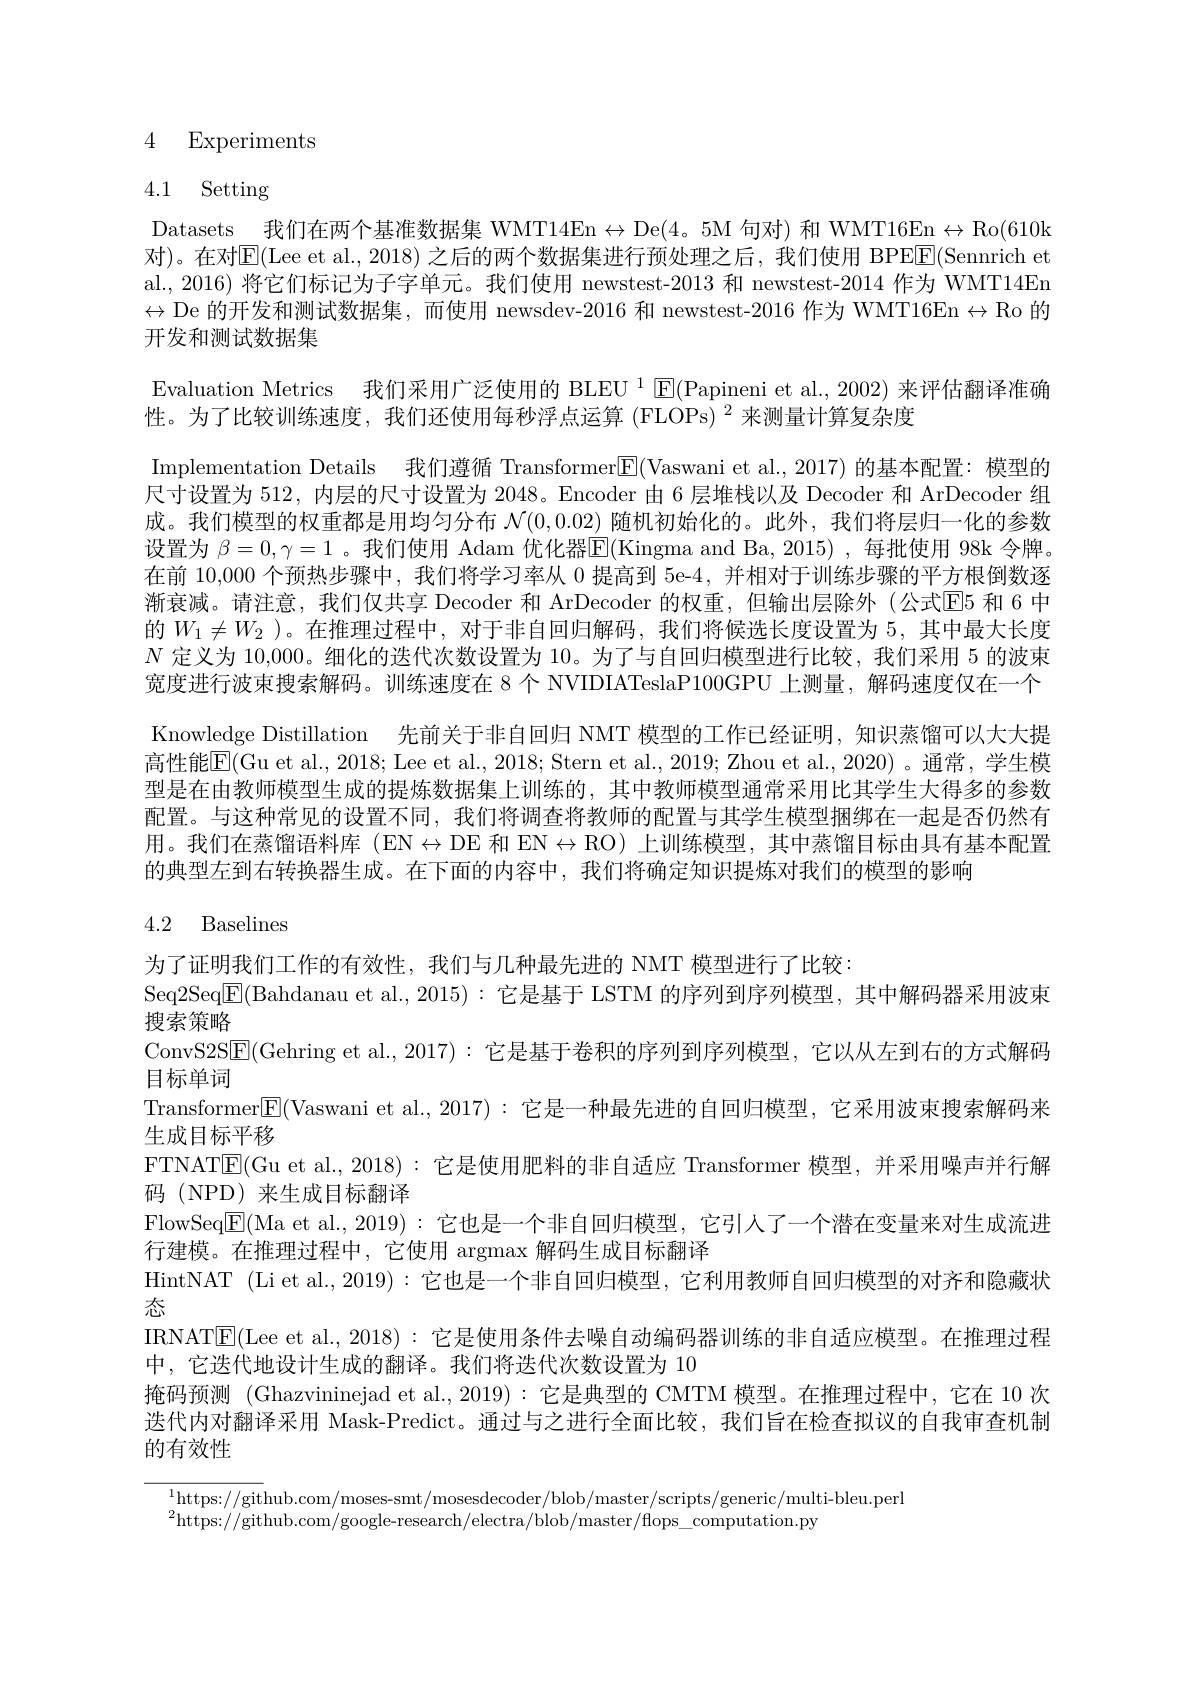
## 4 Experiments

# 4.1 Setting

Datasets 我们在两个基准数据集 WMT14En$\leftrightarrow$De(4。5M 句对) 和 WMT16En$\leftrightarrow$Ro(610k 对)。在对E(Lee et al., 2018)之后的两个数据集进行预处理之后，我们使用 BPEE|(Sennrich et al.,2016) 将它们标记为子字单元。我们使用 newstest-2013 和 newstest-2014 作为 WMT14En $\leftrightarrow$De 的开发和测试数据集，而使用 newsdev-2016 和 newstest-2016 作为 WMT16En$\leftrightarrow$Ro 的开发和测试数据集
Evaluation Metrics 我们采用广泛使用的 BLEU $^1\operatorname{E}($Papineni et al., 2002) 来评估翻译准确
性。为了比较训练速度，我们还使用每秒浮点运算 (FLOPs) $^2$来测量计算复杂度
Implementation Details 我们遵循 Transformer$\mathbb{E}($Vaswani et al.,2017) 的基本配置：模型的尺寸设置为 512, 内层的尺寸设置为 2048。Encoder 由 6 层堆栈以及 Decoder 和 ArDecoder 组成。我们模型的权重都是用均匀分布$\mathcal{N}(0,0.02)$随机初始化的。此外，我们将层归一化的参数设置为 $\beta=0,\gamma=1$ 。我们使用 Adam 优化器$\overline{\mathrm{E}}($Kingma and Ba,2015) ,每批使用 98k 令牌在前 10,000 个预热步骤中，我们将学习率从0提高到 5e-4, 并相对于训练步骤的平方根倒数逐渐衰减。请注意，我们仅共享 Decoder 和 ArDecoder 的权重，但输出层除外(公式EE5 和 6 中的$W_1\neq W_2$ )。在推理过程中，对于非自回归解码，我们将候选长度设置为 5,其中最大长度$N$定义为 10,000。细化的迭代次数设置为 10。为了与自回归模型进行比较，我们采用 5 的波束宽度进行波束搜索解码。训练速度在 8 个 NVIDIATeslaP100GPU 上测量，解码速度仅在一个Knowledge Distillation 先前关于非自回归 NMT 模型的工作已经证明，知识素馏可以大大提高性能E(Gu et al., 2018; Lee et al., 2018; Stern et al., 2019; Zhou et al., 2020)~。通常，~学生模型是在由教师模型生成的提炼数据集上训练的，其中教师模型通常采用比其学生大得多的参数配置。与这种常见的设置不同，我们将调查将教师的配置与其学生模型捆绑在一起是否仍然有用。我们在蒸馏语料库(EN$\leftrightarrow$DE 和 EN$\leftrightarrow$RO)上训练模型，其中蒸馏目标由具有基本配置的典型左到右转换器生成。在下面的内容中，我们将确定知识提炼对我们的模型的影响
4.2 Baselines

为了证明我们工作的有效性，我们与几种最先进的 NMT 模型进行了比较：
Seq2Seq$\boxed{\mathrm{F}}($Bahdanau et al., 2015): 它是基于 LSTM 的序列到序列模型，其中解码器采用波束
搜索策略
ConvS2S|E(Gehring et al.,2017):它是基于卷积的序列到序列模型，它以从左到右的方式解码
目标单词
Transformer$\boxed{\mathrm{F}}($Vaswani et al., 2017): 它是一种最先进的自回归模型，它采用波束搜索解码来
生成目标平移
FTNATE(Gu et al., 2018): 它是使用肥料的非自适应 Transformer 模型，并采用噪声并行解
码 (NPD)来生成目标翻译
FlowSeq$\boxed{\mathrm{E}}($Ma et al.,2019):它也是一个非自回归模型，它引人了一个潜在变量来对生成流进
行建模。在推理过程中，它使用 argmax 解码生成目标翻译
HintNAT (Li et al., 2019): 它也是一个非自回归模型，它利用教师自回归模型的对齐和隐藏状
态
IRNAT$\mathbb{E}($Lee et al., 2018): 它是使用条件去噪自动编码器训练的非自适应模型。在推理过程
中，它迭代地设计生成的翻译。我们将迭代次数设置为 10
掩码预测 (Ghazvininejad et al., 2019): 它是典型的 CMTM 模型。在推理过程中，它在 10 次送代内对翻译采用 Mask-Predict。通过与之进行全面比较，我们旨在检查拟议的自我审查机制的有效性

$^{1}$https://github.com/moses-smt/mosesdecoder/blob/master/scripts/generic/multi-bleu.perl
$^{2}$https://github.com/google-research/electra/blob/master/flops\_computation.py